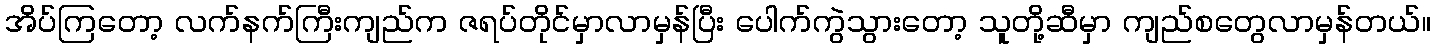
အိပ်ကြတော့ လက်နက်ကြီးကျည်က ဇရပ်တိုင်မှာလာမှန်ပြီး ပေါက်ကွဲသွားတော့ သူတို့ဆီမှာ ကျည်စတွေလာမှန်တယ်။